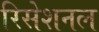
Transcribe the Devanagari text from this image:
रिसेशनल